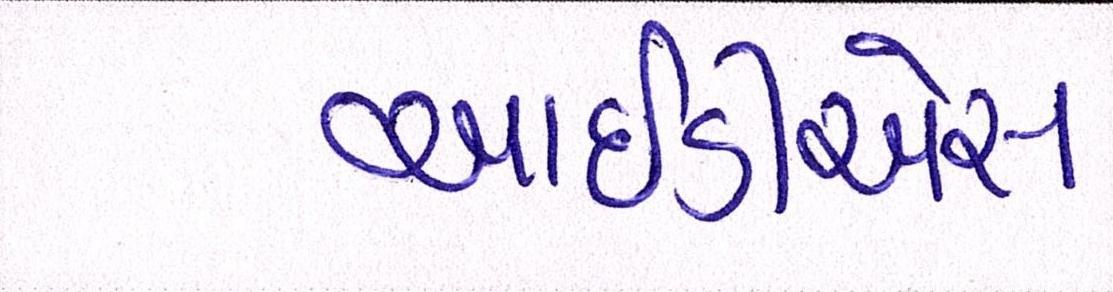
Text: આઇડીએસ